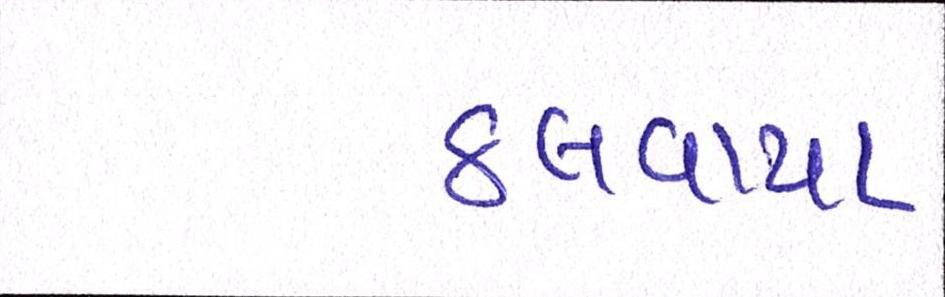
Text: ઠલવાયા